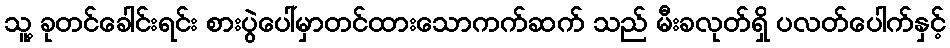
သူ့ ခုတင်ခေါင်းရင်း စားပွဲပေါ်မှာတင်ထားသောကက်ဆက် သည် မီးခလုတ်ရှိ ပလတ်ပေါက်နှင့်